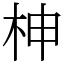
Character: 柛